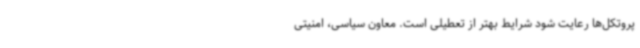
پروتکل‌ها رعایت شود شرایط بهتر از تعطیلی است. معاون سیاسی، امنیتی